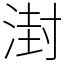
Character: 湗